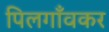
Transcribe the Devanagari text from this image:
पिलगाँवकर